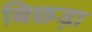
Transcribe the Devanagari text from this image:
बिछड़ा